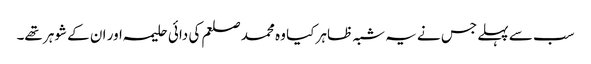
سب سے پہلے جس نے یہ شبہ ظاہر کیا وہ محمد صلعم کی دائی حلیمہ اور ان کے شوہر تھے۔